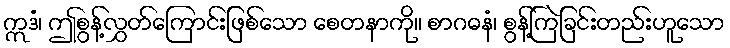
ဣဒံ၊ ဤစွန့်လွှတ်ကြောင်းဖြစ်သော စေတနာကို။ စာဂဓနံ၊ စွန့်ကြဲခြင်းတည်းဟူသော